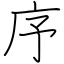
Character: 序